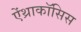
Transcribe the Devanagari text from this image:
ऐंथ्राकॉसिस